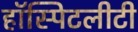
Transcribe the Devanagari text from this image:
हॉस्पिटलीटी